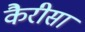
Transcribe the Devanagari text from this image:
कैरीसा